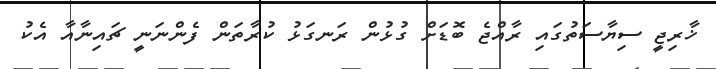
ޚާރިޖީ ސިޔާސަތުގައި ރާއްޖެ ބޮޑަށް ގުޅުން ރަނގަޅު ކުރާތަން ފެންނަނީ ޗައިނާއާ އެކު